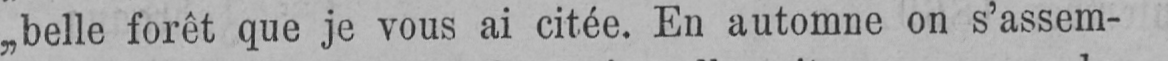
„belle forêt que je vous ai citée. En automne on s’assem-